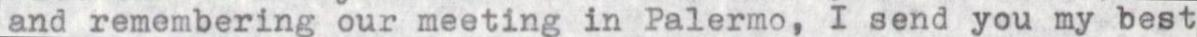
and remembering our meeting in Palermo, I send you my best